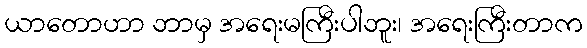
ယာတောဟာ ဘာမှ အရေးမကြီးပါဘူး၊ အရေးကြီးတာက